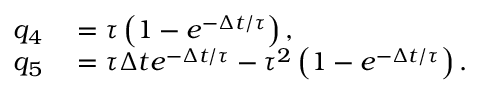
\begin{array} { r l } { q _ { 4 } } & { { } = \tau \left( 1 - e ^ { - \Delta t / \tau } \right) , } \\ { q _ { 5 } } & { { } = \tau \Delta t e ^ { - \Delta t / \tau } - \tau ^ { 2 } \left( 1 - e ^ { - \Delta t / \tau } \right) . } \end{array}